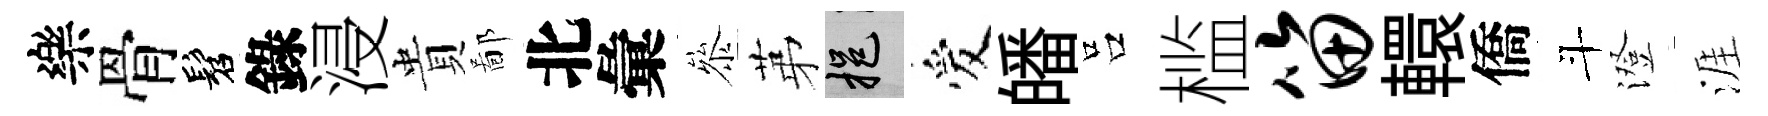
樂骨髫錄浸貴鄙北彙叅苐挹爱皤吕槛笛轘僑斗澄涯